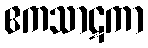
ဧကသာဋကာ